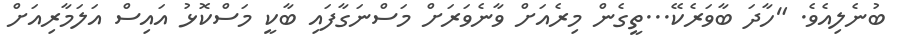
ބުނެލިއެވެ. "ހާދަ ބާވަރެކޭ...ތީގެން މިރެއަށް ވާނެވަރަށް މަސްނަގާފައި ބާކީ މަސްކޮޅު އައިސް އަލަމާރިއަށް